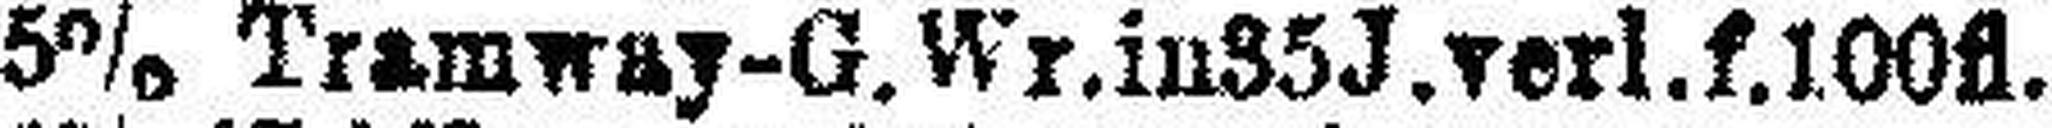
5% Tramway-G. Wr. in 35J.verl.f.100fl.